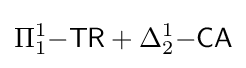
\Pi _{1}^{1}{\mathsf {-TR}}+\Delta _{2}^{1}{\mathsf {-CA}}